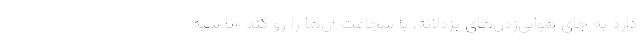
دارد به جای هوایی‌زدن‌های بزدلانه، با شجاعت آن‌ها را رو کند «تا سیه